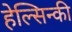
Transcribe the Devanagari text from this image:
हेल्सिन्की